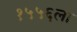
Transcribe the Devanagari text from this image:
१५५६ला